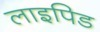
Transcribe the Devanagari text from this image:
लाइपिड